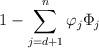
LaTeX: \begin{align*}1-\sum_{j=d+1}^n \varphi_j \Phi_j\end{align*}